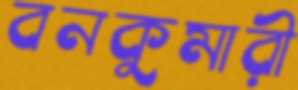
বনকুমারী